Indian journal of veterinary science and animal husbandry - Volume 4,
Year: 1934
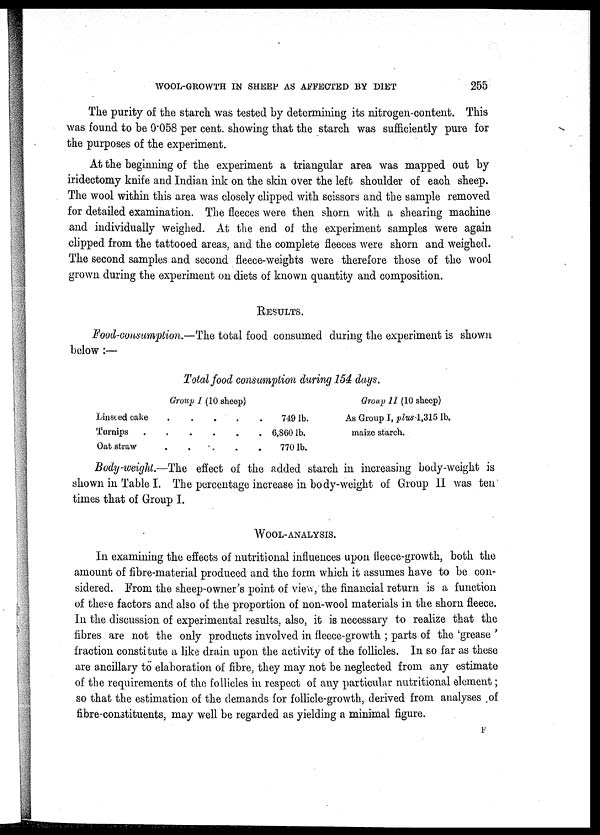
WOOL-GROWTH IN SHEEP AS AFFECTED BY DIET
255
The purity of the starch was tested by determining its nitrogen-content. This
was found to be 0.058 per cent. showing that the starch was sufficiently pure for
the purposes of the experiment.
At the beginning of the experiment a triangular area was mapped out by
iridectomy knife and Indian ink on the skin over the left shoulder of each sheep.
The wool within this area was closely clipped with scissors and the sample removed
for detailed examination. The fleeces were then shorn with a shearing machine
and individually weighed. At the end of the experiment samples were again
clipped from the tattooed areas, and the complete fleeces were shorn and weighed.
The second samples and second fleece-weights were therefore those of the wool
grown during the experiment on diets of known quantity and composition.
RESULTS.
Food-consumption.—The total food consumed during the experiment is shown
below :—
Total food consumption during 154 days.
Linseed cake
Turnips .
Oat straw
Group I (10 sheep)
. . . . .
. . . . .
. . . . .
749 lb.
6,860 lb.
770 lb.
Group II (10 sheep)
As Group I, plus 1,315 lb.
maize starch.
Body -weight.—The effect of the added starch in increasing body-weight is
shown in Table I. The percentage increase in body-weight of Group II was ten
times that of Group I.
WOOL-ANALYSIS.
In examining the effects of nutritional influences upon fleece-growth, both the
amount of fibre-material produced and the form which it assumes have to be con-
sidered. From the sheep-owner's point of view, the financial return is a function
of these factors and also of the proportion of non-wool materials in the shorn fleece.
In the discussion of experimental results, also, it is necessary to realize that the
fibres are not the only products involved in fleece-growth ; parts of the 'grease '
fraction constitute a like drain upon the activity of the follicles. In so far as these
are ancillary to elaboration of fibre, they may not be neglected from any estimate
of the requirements of the follicles in respect of any particular nutritional element;
so that the estimation of the demands for follicle-growth, derived from analyses of
fibre-constituents, may well be regarded as yielding a minimal figure.
F